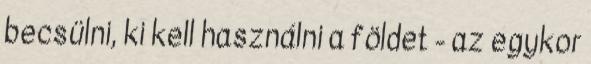
becsülni, ki kell használni a földet - az egykor